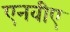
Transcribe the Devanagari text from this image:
एनवीए